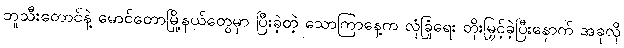
ဘူသီးတောင်နဲ့ မောင်တောမြို့နယ်တွေမှာ ပြီးခဲ့တဲ့ သောကြာနေ့က လုံခြုံရေး တိုးမြှင့်ခဲ့ပြီးနောက် အခုလို